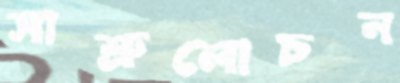
সাশ্রুলোচন